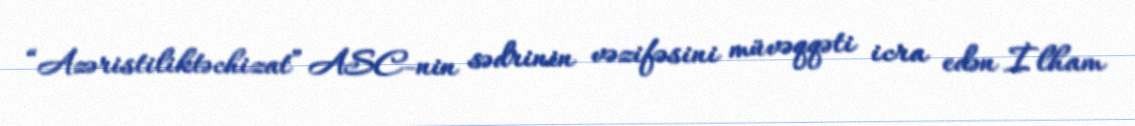
“Azəristiliktəchizat” ASC-nin sədrinin vəzifəsini müvəqqəti icra edən İlham